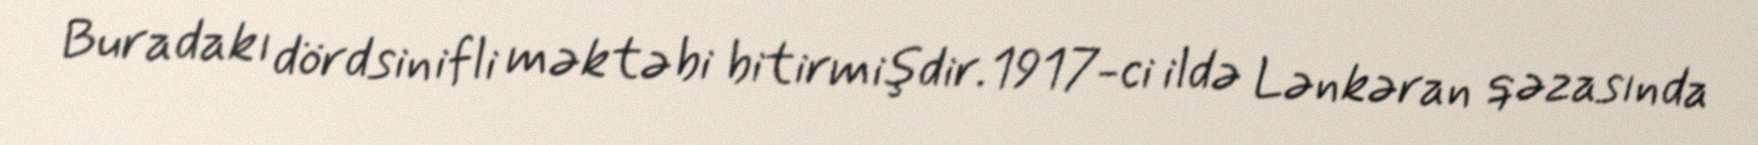
Buradakı dördsinifli məktəbi bitirmişdir.1917-ci ildə Lənkəran qəzasında